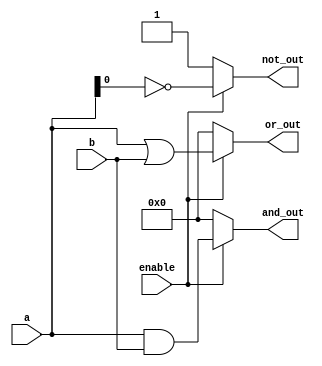
module AdjacencyGroup #(parameter N = 4) (
    input wire [N-1:0] a,        // Input signals
    input wire [N-1:0] b,        // Input signals
    input wire enable,            // Control signal for activation
    output reg [N-1:0] and_out,   // AND output
    output reg [N-1:0] or_out,    // OR output
    output reg not_out            // NOT output
);

    always @* begin
        if (enable) begin
            // Logic functions within the adjacency group
            and_out = a & b;          // AND operation
            or_out = a | b;           // OR operation
            not_out = ~a[0];          // NOT operation on the first input bit
        end else begin
            and_out = 0;
            or_out = 0;
            not_out = 1'b1;           // Inactive state
        end
    end

endmodule